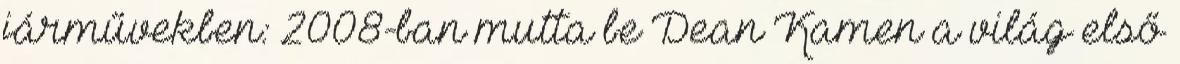
járművekben: 2008-ban mutta be Dean Kamen a világ első